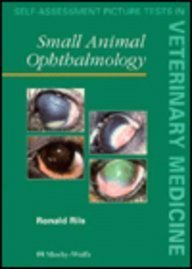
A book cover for Small Animal Opthalmology, '94 (Self-Assessment Picture Tests in Veterinary Medicine); Riis; Medical Books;